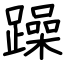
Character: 躁